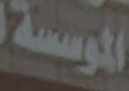
الموسسة